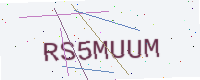
Text: RS5MUUM